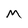
Character: M